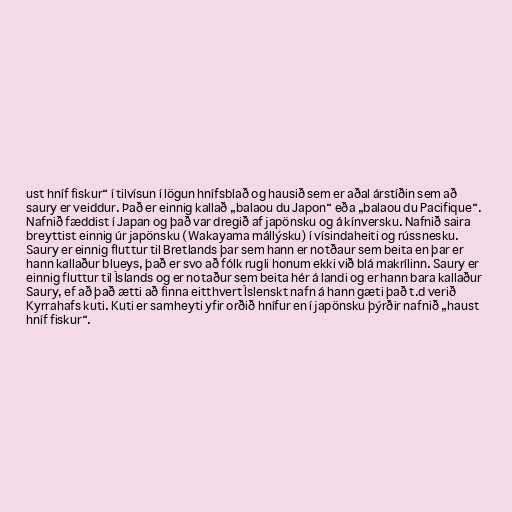
ust hníf fiskur“ í tilvísun í lögun hnífsblað og hausið sem er aðal árstíðin sem að
saury er veiddur. Það er einnig kallað „balaou du Japon“ eða „balaou du Pacifique“.
Nafnið fæddist í Japan og það var dregið af japönsku og á kínversku. Nafnið saira
breyttist einnig úr japönsku (Wakayama mállýsku) í vísindaheiti og rússnesku.
Saury er einnig fluttur til Bretlands þar sem hann er notðaur sem beita en þar er
hann kallaður blueys, það er svo að fólk rugli honum ekki við blá makrílinn. Saury er
einnig fluttur til Íslands og er notaður sem beita hér á landi og er hann bara kallaður
Saury, ef að það ætti að finna eitthvert Íslenskt nafn á hann gæti það t.d verið
Kyrrahafs kuti. Kuti er samheyti yfir orðið hnífur en í japönsku þýrðir nafnið „haust
hníf fiskur“.